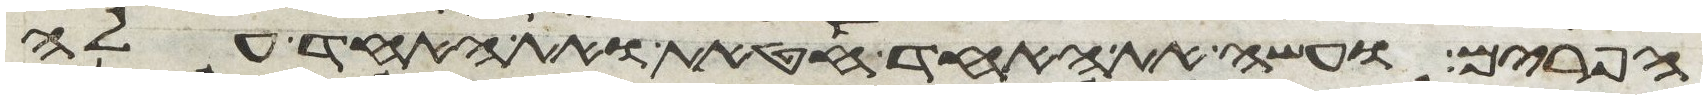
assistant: הפרים ועשה את האחד חטאת ואת האחד עלה